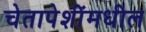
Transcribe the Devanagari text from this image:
चेतापेशींमधील